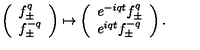
\left( \begin{array} { l } { f _ { \pm } ^ { q } } \\ { f _ { \pm } ^ { - q } } \\ \end{array} \right) \mapsto \left( \begin{array} { l } { e ^ { - i q t } f _ { \pm } ^ { q } } \\ { e ^ { i q t } f _ { \pm } ^ { - q } } \\ \end{array} \right) .